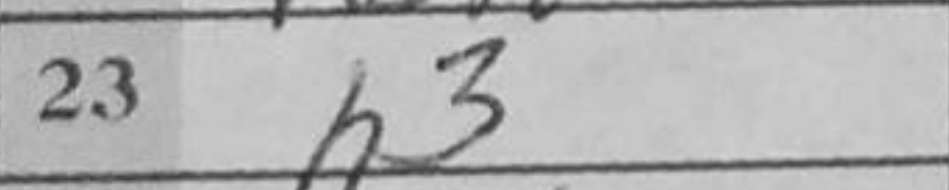
Transcription: h3